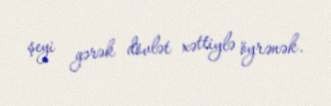
şeyi gərək dövlət xəttiylə öyrənək.